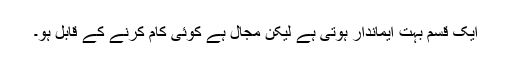
ایک قسم بہت ایماندار ہوتی ہے لیکن مجال ہے کوئی کام کرنے کے قابل ہو۔